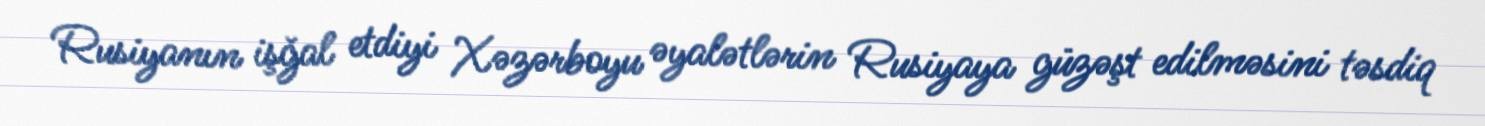
Rusiyanın işğal etdiyi Xəzərboyu əyalətlərin Rusiyaya güzəşt edilməsini təsdiq